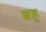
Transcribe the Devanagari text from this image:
बह्